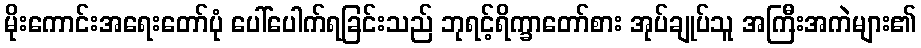
မိုးကောင်းအရေးတော်ပုံ ပေါ်ပေါက်ရခြင်းသည် ဘုရင့်ရိက္ခာတော်စား အုပ်ချုပ်သူ အကြီးအကဲများ၏